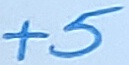
Text: +5